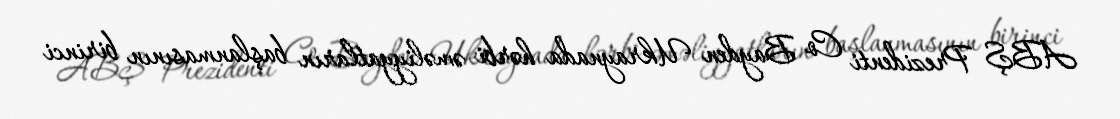
ABŞ Prezidenti Co Bayden Ukraynada hərbi əməliyyatların başlanmasının birinci